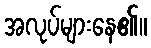
အလုပ်များနေ၏။